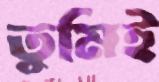
তুমিই